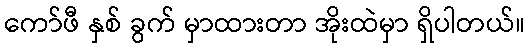
ကော်ဖီ နှစ် ခွက် မှာထားတာ အိုးထဲမှာ ရှိပါတယ်။